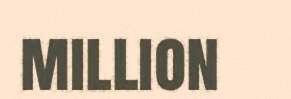
million